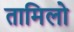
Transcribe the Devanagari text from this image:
तामिलो